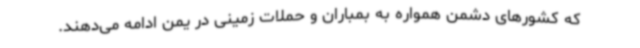
که کشورهای دشمن همواره به بمباران و حملات زمینی در یمن ادامه می‌دهند.